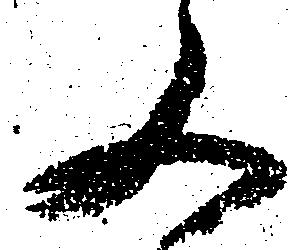
又